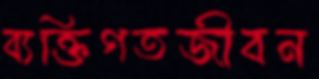
ব্যক্তিগতজীবন